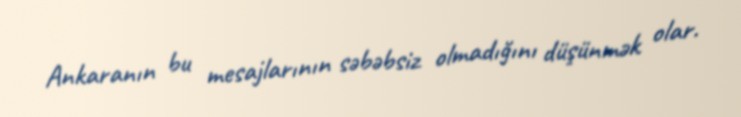
Ankaranın bu mesajlarının səbəbsiz olmadığını düşünmək olar.